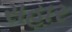
સહાર